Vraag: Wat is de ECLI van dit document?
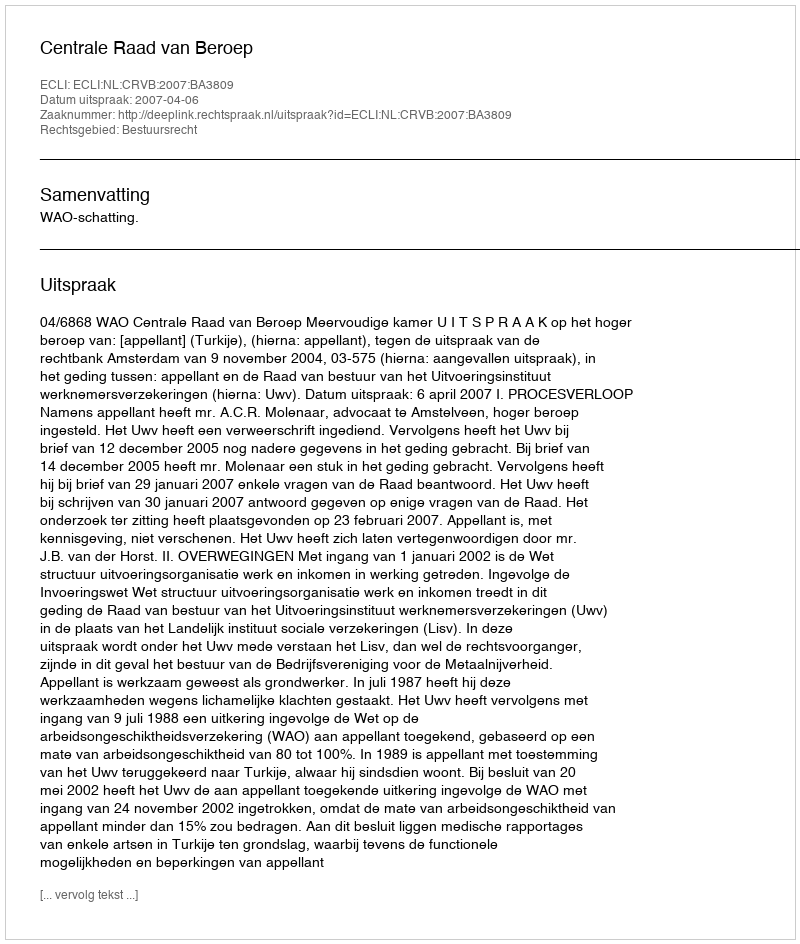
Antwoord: ECLI:NL:CRVB:2007:BA3809